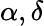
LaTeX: \alpha,\delta